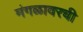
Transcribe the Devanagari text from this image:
मंगळावरची